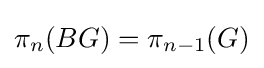
\pi _{n}(BG)=\pi _{n-1}(G)